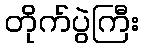
တိုက်ပွဲကြီး